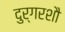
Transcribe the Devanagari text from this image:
दुर्गरशौ